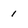
Character: 1